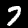
Label: 7